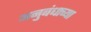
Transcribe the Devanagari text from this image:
अनुबंधाच्या